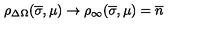
\rho _ { \Delta \Omega } ( \overline { \sigma } , \mu ) \to \rho _ { \infty } ( \overline { \sigma } , \mu ) = \overline { n }